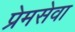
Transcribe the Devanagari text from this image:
प्रेमसेवा